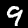
Label: 9